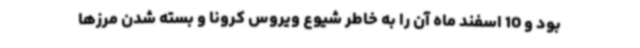
بود و 10 اسفند ماه آن را به خاطر شیوع ویروس کرونا و بسته شدن مرزها